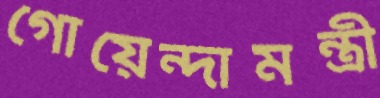
গোয়েন্দামন্ত্রী